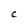
Character: C